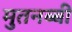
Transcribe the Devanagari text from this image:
मुतनब्बी